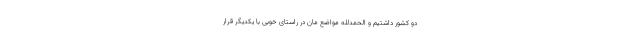
دو کشور داشتیم و الحمدلله مواضع مان در راستای خوبی با یکدیگر قرار